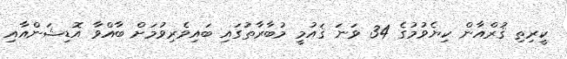
ކީރިތި ޤުރްއާން ކިޔެވުމުގެ 34 ވަނަ ޤައުމީ މުބާރާތުގައި ބައިވެރިވުމަށް ބާއްވާ އޮޑިޝަންއާއި